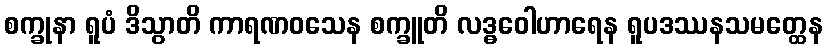
စက္ခုနာ ရူပံ ဒိသွာတိ ကာရဏဝသေန စက္ခူတိ လဒ္ဓဝေါဟာရေန ရူပဒဿနသမတ္ထေန